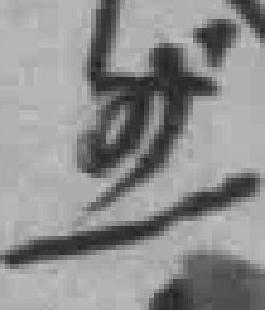
然